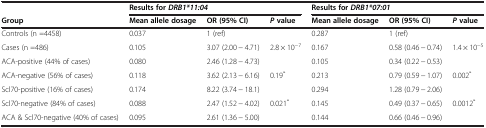
|  | <COLSPAN=3> Results forDRB1*11:04 | <COLSPAN=3> Results forDRB1*07:01 |
 | Group | Mean allele dosage | OR (95% CI) | Pvalue | Mean allele dosage | OR (95% CI) | Pvalue |
 | --- | --- | --- | --- | --- | --- | --- |
 | Controls (n =4458) | 0.037 | 1 (ref) |  | 0.287 | 1 (ref) |  |
 | Cases (n =486) | 0.105 | 3.07 (2.00 − 4.71) | 2.8 × 10−7 | 0.167 | 0.58 (0.46 − 0.74) | 1.4 × 10−5 |
 | ACA-positive (44% of cases) | 0.080 | 2.46 (1.28 − 4.73) |  | 0.105 | 0.34 (0.22 − 0.53) |  |
 | ACA-negative (56% of cases) | 0.118 | 3.62 (2.13 − 6.16) | 0.19* | 0.213 | 0.79 (0.59 − 1.07) | 0.002* |
 | Scl70-positive (16% of cases) | 0.174 | 8.22 (3.74 − 18.1) |  | 0.294 | 1.28 (0.79 − 2.06) |  |
 | Scl70-negative (84% of cases) | 0.088 | 2.47 (1.52 − 4.02) | 0.021* | 0.145 | 0.49 (0.37 − 0.65) | 0.0012* |
 | ACA & Scl70-negative (40% of cases) | 0.095 | 2.61 (1.36 − 5.00) |  | 0.144 | 0.66 (0.46 − 0.96) |  |